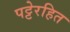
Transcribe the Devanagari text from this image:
पट्टेरहित